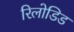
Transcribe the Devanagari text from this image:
रिलोडिड